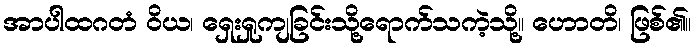
အာပါထဂတံ ဝိယ၊ ရှေးရှုကျခြင်းသို့ရောက်သကဲ့သို့။ ဟောတိ၊ ဖြစ်၏။